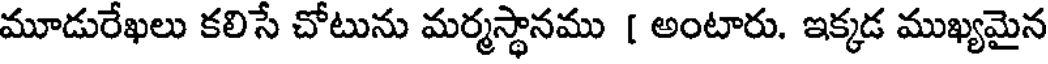
మూడురేఖలు కలిసే చోటును మర్మస్థానము [ అంటారు. ఇక్కడ ముఖ్యమైన